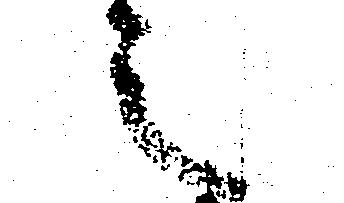
之